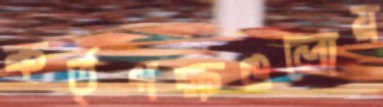
কর্তৃপক্ষগুলোয়